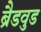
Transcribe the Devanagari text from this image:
ब्रैडवुड